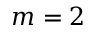
m = 2